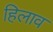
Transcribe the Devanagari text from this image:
हिलाव